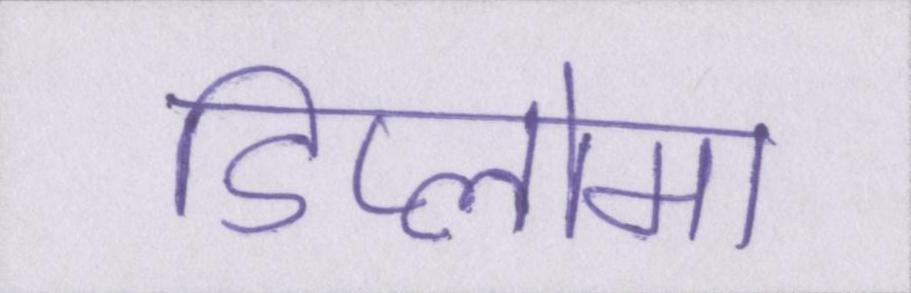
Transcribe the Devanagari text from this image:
डिप्लोमा